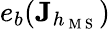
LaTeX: e_{b}(\mathbf{J}_{h_{\mathrm{~M~S~}}})